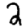
Digit: 2